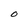
Character: O